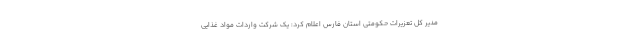
مدیر کل تعزیرات حکومتی استان فارس اعلام کرد: یک شرکت واردات مواد غذایی